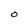
Character: O